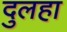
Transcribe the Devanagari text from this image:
दुलहा